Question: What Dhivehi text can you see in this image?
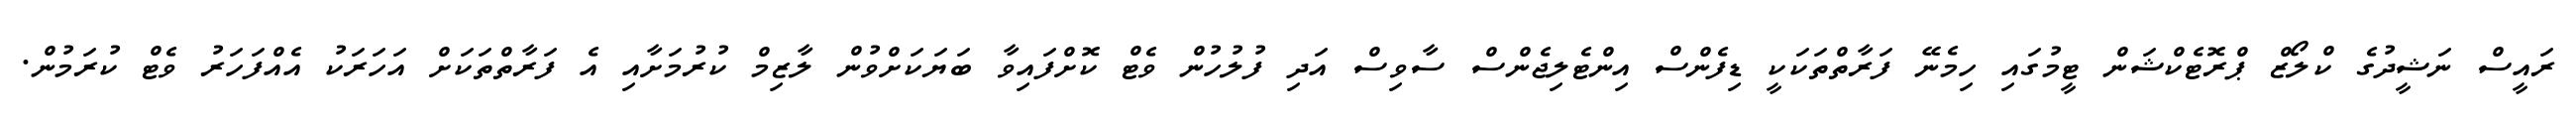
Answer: ރައީސް ނަޝީދުގެ ކްލޯޒް ޕްރޮޓެކްޝަން ޓީމުގައި ހިމެނޭ ފަރާތްތަކަކީ ޑިފެންސް އިންޓެލިޖެންސް ސާވިސް އަދި ފުލުހުން ވެޓް ކޮށްފައިވާ ބަޔަކަށްވުން ލާޒިމް ކުރުމަށާއި އެ ފަރާތްތަކަށް އަހަރަކު އެއްފަހަރު ވެޓް ކުރަމުން.